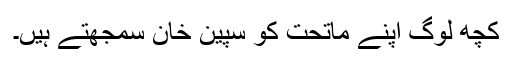
کچھ لوگ اپنے ماتحت کو سپین خان سمجھتے ہیں۔